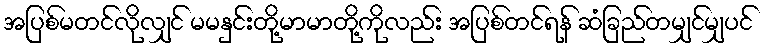
အပြစ်မတင်လိုလျှင် မမနှင်းတို့မာမာတို့ကိုလည်း အပြစ်တင်ရန် ဆံခြည်တမျှင်မျှပင်